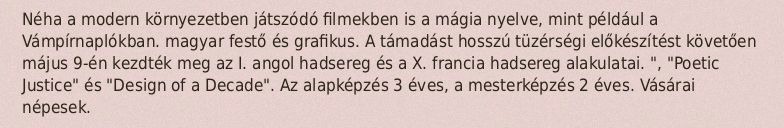
Néha a modern környezetben játszódó filmekben is a mágia nyelve, mint például a Vámpírnaplókban. magyar festő és grafikus. A támadást hosszú tüzérségi előkészítést követően május 9-én kezdték meg az I. angol hadsereg és a X. francia hadsereg alakulatai. ", "Poetic Justice" és "Design of a Decade". Az alapképzés 3 éves, a mesterképzés 2 éves. Vásárai népesek.